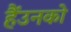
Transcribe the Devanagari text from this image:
हैंउनको